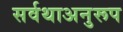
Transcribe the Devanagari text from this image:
सर्वथाअनुरूप